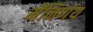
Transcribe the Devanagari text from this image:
मेंनिर्णय